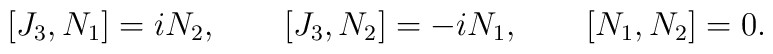
[J_{3}, N_{1}] =i N_{2} ,\qquad [J_{3}, N_{2}] = -i N_{1} , \qquad[N_{1}, N_{2}] = 0 .